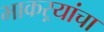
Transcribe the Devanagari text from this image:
भाकऱ्यांचा